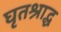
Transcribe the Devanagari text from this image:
घृतश्राद्ध